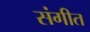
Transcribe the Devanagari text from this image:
संगीत